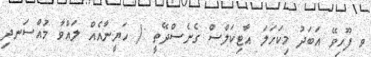
ވ ފޫހިވޭ އަބަދު މިކަހަލަ އާޓިކަލްސް ގެނެސްދޭތީ :/ ހަޔީނާއެއް ލައްވާ މުއްސަނދި